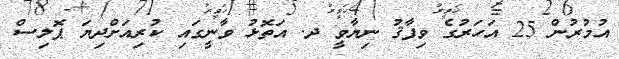
އުމުރުން 25 އަހަރުގެ ވިފާޤު ނިޔާވީ ދ. އަތޮޅު ވާނީގައި ކުރިއަށްދިޔަ ޕޮލިސް